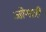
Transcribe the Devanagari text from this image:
जोगती